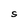
Character: S